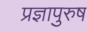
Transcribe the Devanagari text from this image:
प्रज्ञापुरुष